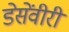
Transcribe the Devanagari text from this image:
डेसेंवीरी